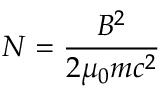
N = { \frac { B ^ { 2 } } { 2 \mu _ { 0 } m c ^ { 2 } } }